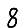
Digit: 8